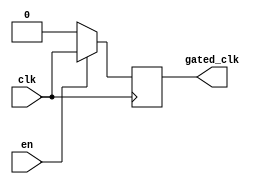
module clock_gating_buffer (
    input wire clk,       // Primary clock signal
    input wire en,        // Enable signal
    output reg gated_clk  // Gated clock output
);

    // Always block to control the gated_clk based on clk and en signals
    always @(posedge clk) begin
        if (en) begin
            gated_clk <= clk; // Pass the clock when enabled
        end else begin
            gated_clk <= 1'b0; // Hold the clock low when disabled
        end
    end

endmodule